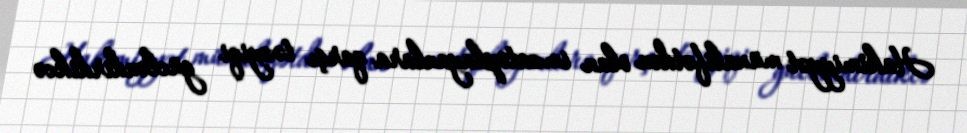
Hakimiyyət müxalifətdən olan imzatoplayanlara qarşı təzyiqi gücləndirdikcə